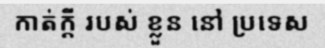
កាត់ក្តី របស់ ខ្លួន នៅ ប្រទេស